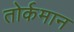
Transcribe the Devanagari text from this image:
तोर्कमान